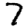
Digit: 7